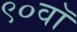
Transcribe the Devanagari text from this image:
९०वॉ